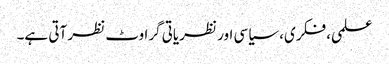
علمی، فکری، سیاسی اور نظریاتی گراوٹ نظر آتی ہے۔